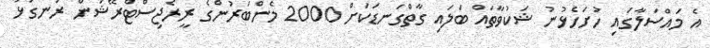
އެ މައްސަލާގައި ހުށަހެޅުނު ޝަކުވާތައް ބަލައި ގާތްގަނޑަކަށް 2000 މެންބަރުންގެ ރީރެޖިސްޓްރޭޝަން ރަނގަޅު